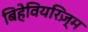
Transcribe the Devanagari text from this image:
बिहेवियरिज़्म